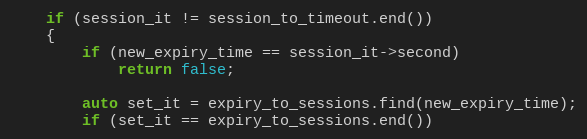
Language: C++
    if (session_it != session_to_timeout.end())
    {
        if (new_expiry_time == session_it->second)
            return false;

        auto set_it = expiry_to_sessions.find(new_expiry_time);
        if (set_it == expiry_to_sessions.end())